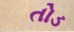
તોડ